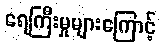
ရေကြီးမှုများကြောင့်